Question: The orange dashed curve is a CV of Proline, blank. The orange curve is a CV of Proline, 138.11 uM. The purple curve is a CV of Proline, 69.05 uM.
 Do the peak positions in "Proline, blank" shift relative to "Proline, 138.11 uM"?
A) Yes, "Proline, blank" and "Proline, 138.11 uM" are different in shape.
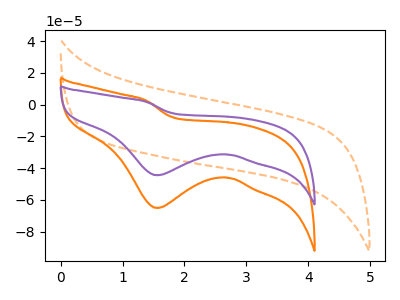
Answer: <think>The orange dashed curve "Proline, blank" has no peaks. The orange curve "Proline, 138.11 uM" has a cathodic peak at: (1.55V, -65.05uA). The purple curve "Proline, 69.05 uM" has a cathodic peak at: (1.55V, -44.40uA).
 "Proline, blank" and "Proline, 138.11 uM" have a different number of peaks.</think>
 <answer>A) Yes, "Proline, blank" and "Proline, 138.11 uM" are different in shape.</answer>
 <eval>A</eval>